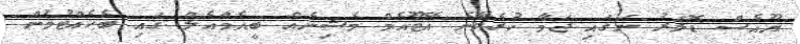
ޔޫއެސް ޑޮލަރު ނަގައި ޖަމާ ކުރެވޭނެ އޭޓޫއެމް މެޝިނެއް ބީއެމްއެލް ގައި ބެހެއްޓުމުން